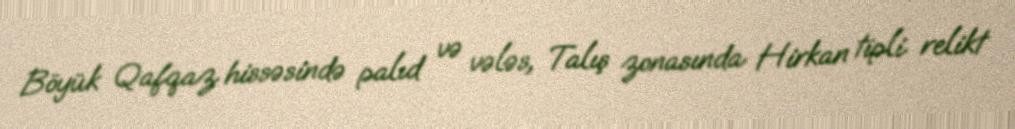
Böyük Qafqaz hissəsində palıd və vələs, Talış zonasında Hirkan tipli relikt